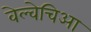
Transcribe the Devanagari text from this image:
वेल्वेचिआ